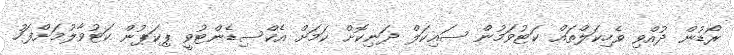
ރޯޑުން ދުއްވި ވެހިކަލްތައް ކަޓުވަމުން ސައިކަލް ދަނިކޮށް ކަމަށް އެކްސިޑެންޓުވީ ޕިކަޕުން ކަޓުވާލުމަށްފަހު